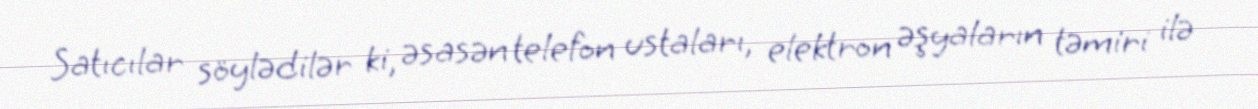
Satıcılar söylədilər ki, əsasən telefon ustaları, elektron əşyaların təmiri ilə